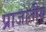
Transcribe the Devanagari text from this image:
प्राजातीय